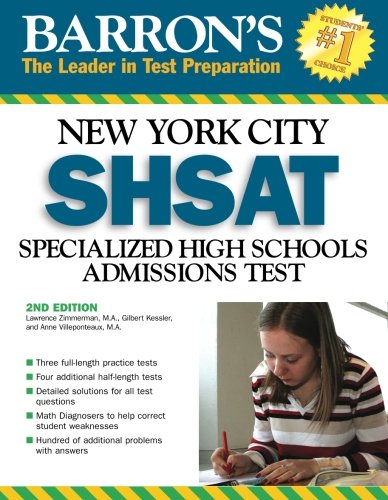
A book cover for Barron's New York City SHSAT: Specialized High School Admissions Test (Barron's Shsat); Larry Zimmerman M.A.; Test Preparation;